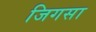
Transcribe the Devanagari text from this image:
जिगसा